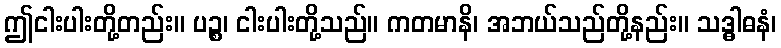
ဤငါးပါးတို့တည်း။ ပဉ္စ၊ ငါးပါးတို့သည်။ ကတမာနိ၊ အဘယ်သည်တို့နည်း။ သဒ္ဓါဓနံ၊